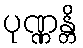
ပုဏ္ဏန္တိ